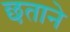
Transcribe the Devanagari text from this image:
छताने